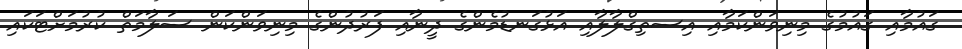
ގައުމާއި ގައުމުގެ މިނިވަންކަމާއި އިސތިގްލާލާއި އަޅުގަނޑުމެންގެ ދީނާއި ފަރުދުންގެ މިނިވަންކަން ސަލާމަތް ކުރުމަށްޓަކައި